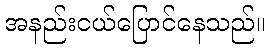
အနည်းငယ်ပြောင်နေသည်။